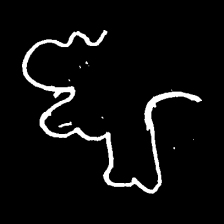
Pyu character \u2014 Myanmar letter: ဈ (romanized: jha)